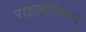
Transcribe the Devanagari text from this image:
राइज़ोवियम